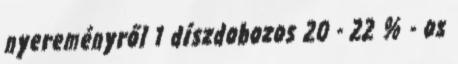
nyereményről 1 díszdobozos 20 - 22 % - os